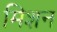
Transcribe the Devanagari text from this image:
मिशन